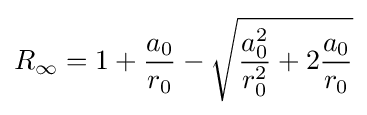
R_{\infty }=1+{\frac {a_{0}}{r_{0}}}-{\sqrt {{\frac {a_{0}^{2}}{r_{0}^{2}}}+2{\frac {a_{0}}{r_{0}}}}}